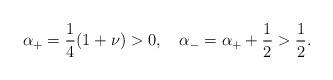
LaTeX: \begin{align*}\alpha_{+}=\frac{1}{4}(1+\nu)>0,\quad\alpha_{-}=\alpha_{+}+\frac{1}{2}>\frac{1}{2}.\end{align*}